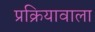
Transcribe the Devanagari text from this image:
प्रक्रियावाला